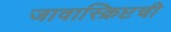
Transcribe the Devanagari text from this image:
जावास्क्रिप्टची